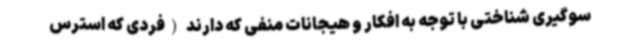
سوگیری شناختی با توجه به افکار و هیجانات منفی‌ که دارند (فردی که استرس